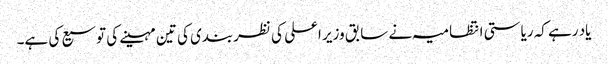
یاد رہے کہ ریاستی انتظامیہ نے سابق وزیر اعلی کی نظربندی کی تین مہینے کی توسیع کی ہے۔